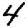
Digit: 4